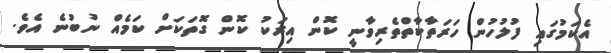
އެކަމުގައި ފުލުހުން ހަރަތާކާތްތެރިވާނީ ކޮން އިރަކު ކޮން ގޮތަކަށް ކަމެއް ނުބުނެ އެވެ.